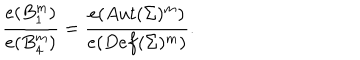
LaTeX: { \frac { e ( B _ { 1 } ^ { m } ) } { e ( B _ { 4 } ^ { m } ) } } = { \frac { e ( A u t ( \Sigma ) ^ { m } ) } { e ( D e f ( \Sigma ) ^ { m } ) } } .